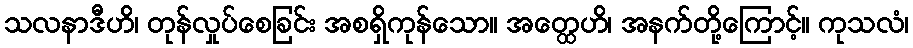
သလနာဒီဟိ၊ တုန်လှုပ်စေခြင်း အစရှိကုန်သော။ အတ္ထေဟိ၊ အနက်တို့ကြောင့်။ ကုသလံ၊